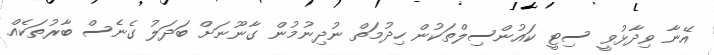
އޭނާ ވިދާޅުވީ ސިޓީ ކައުންސިލްތަކުން ހިދުމަތް ނުދިނުމުން ގާނޫނަށް ބަދަލު ގެނެސް ބާރުތަކެއް